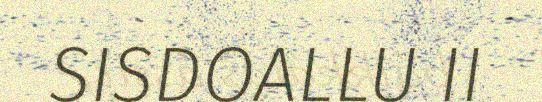
SISDOALLU II